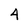
Character: 4